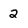
Character: 2